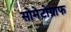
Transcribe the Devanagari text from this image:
सोमेटोग्राफ